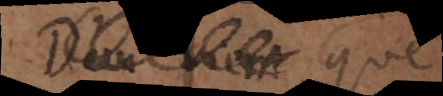
a que